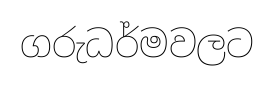
ගරුධර්මවලට